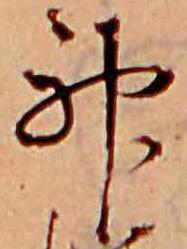
神